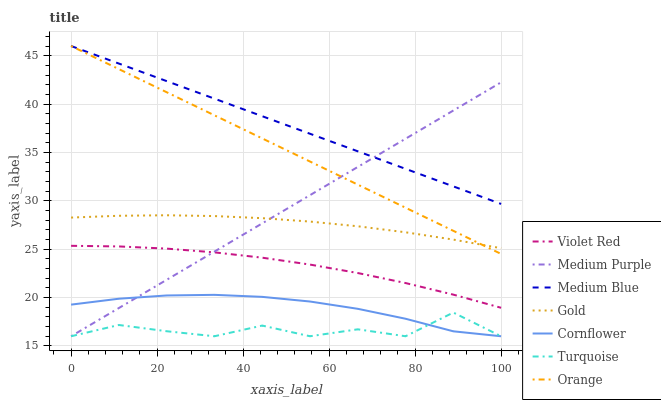
| xaxis_label | Violet Red | Medium Purple | Medium Blue | Gold | Cornflower | Turquoise | Orange |
 | --- | --- | --- | --- | --- | --- | --- | --- |
 | 0 | 25.3 | 16 | 46 | 28.3 | 19.3 | 16 | 46 |
 | 11.1 | 25.3 | 18.9 | 44.2 | 28.5 | 19.9 | 17.2 | 43.6 |
 | 22.2 | 25.1 | 21.8 | 42.4 | 28.5 | 20.2 | 16.5 | 41.2 |
 | 33.3 | 24.7 | 24.7 | 40.6 | 28.4 | 20.3 | 16 | 38.8 |
 | 44.4 | 24.1 | 27.7 | 38.7 | 28.2 | 20.1 | 17.1 | 36.4 |
 | 55.6 | 23.4 | 30.6 | 36.9 | 27.9 | 19.6 | 16 | 34.1 |
 | 66.7 | 22.5 | 33.5 | 35.1 | 27.4 | 18.8 | 16.7 | 31.7 |
 | 77.8 | 21.5 | 36.4 | 33.3 | 26.7 | 17.8 | 16 | 29.3 |
 | 88.9 | 20.3 | 39.3 | 31.5 | 26 | 16.5 | 18.4 | 26.9 |
 | 100 | 18.9 | 42.2 | 29.7 | 25.1 | 16 | 16 | 24.5 |